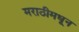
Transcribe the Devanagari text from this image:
मराठीमधून